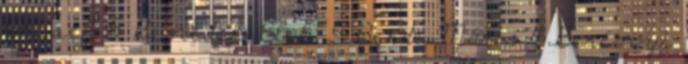
József 5 Benedek Elek 5 Berde Mária 4 Berényi